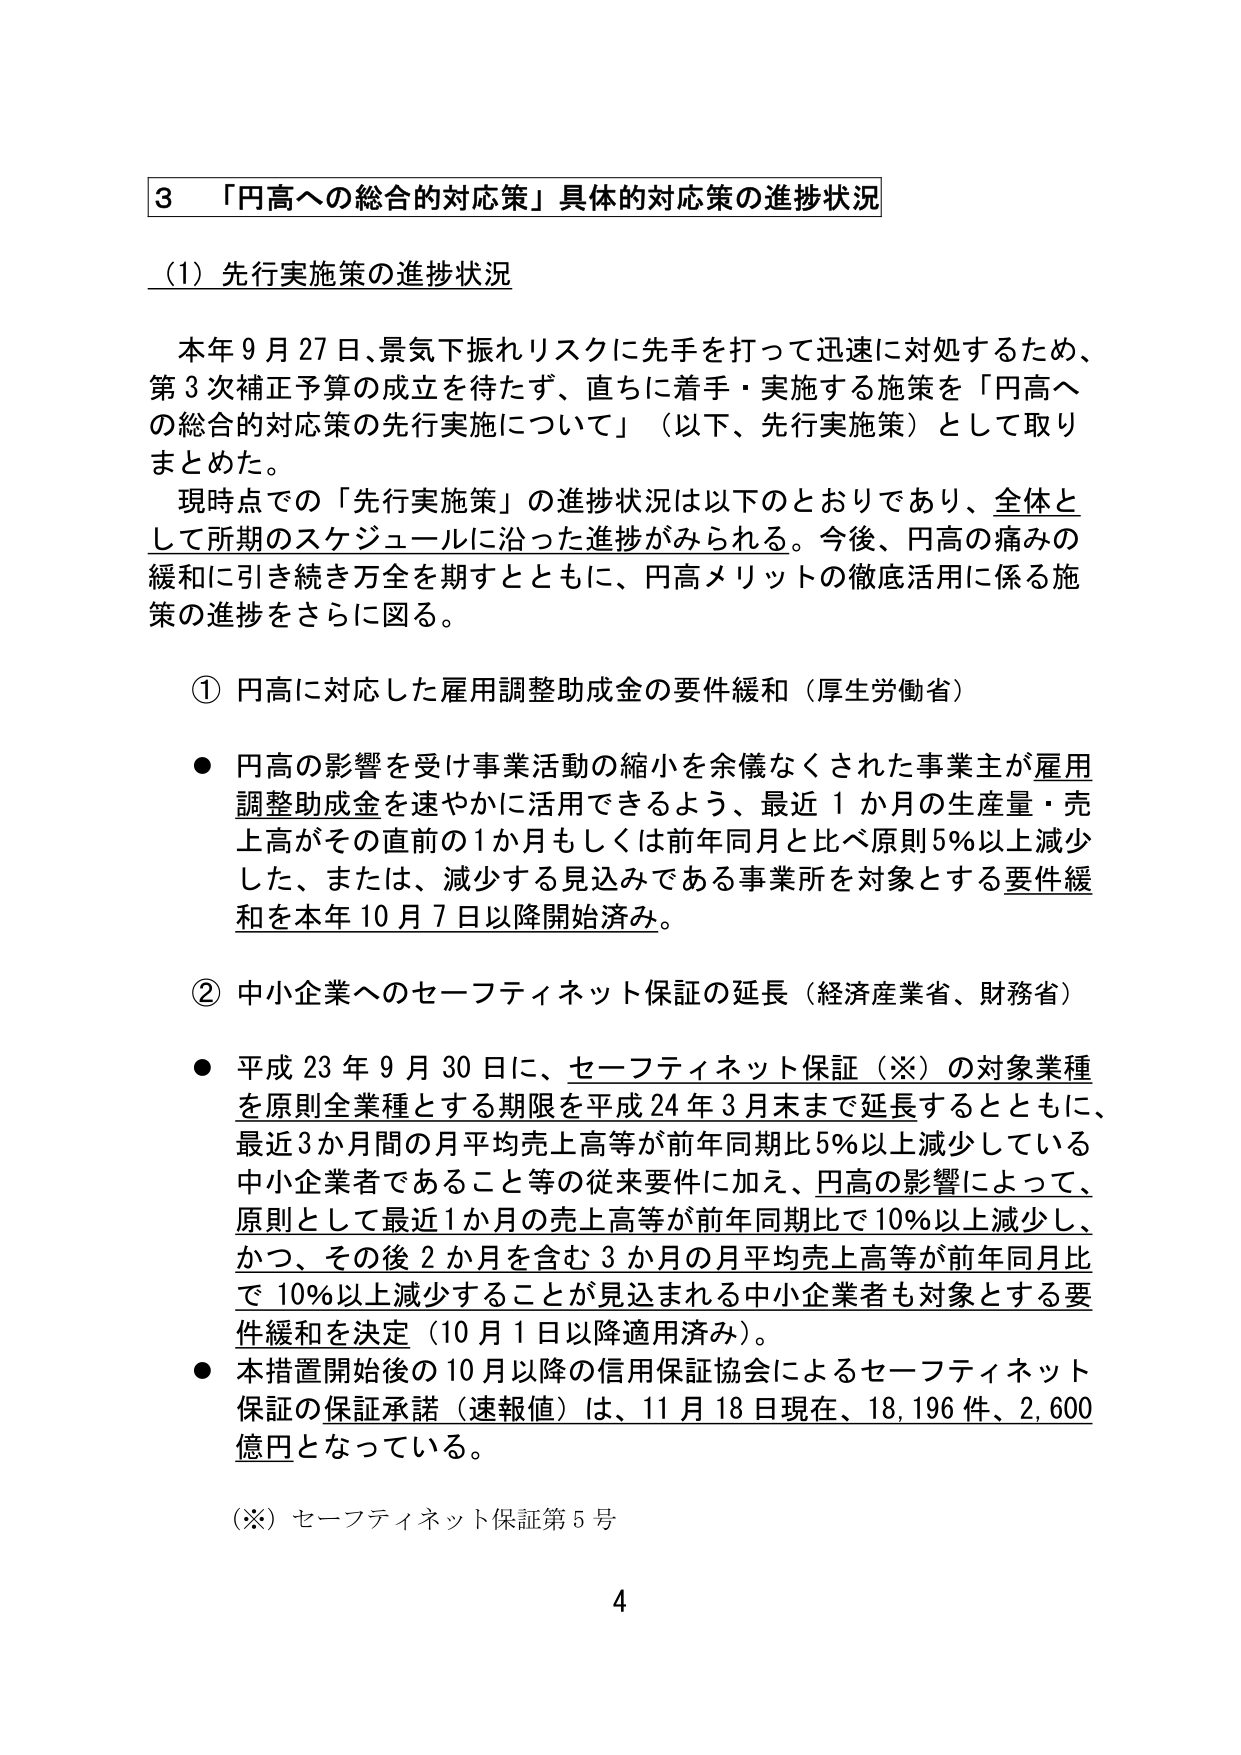
3 「円高への総合的対応策」具体的対応策の進捗状況

（1）先行実施策の進捗状況

本年9月27日、景気下振れリスクに先手を打って迅速に対処するため、第3次補正予算の成立を待たず、直ちに着手・実施する施策を「円高への総合的対応策の先行実施について」（以下、先行実施策）として取りまとめた。

現時点での「先行実施策」の進捗状況は以下のとおりであり、全体として所期のスケジュールに沿った進捗がみられる。今後、円高の痛みの緩和に引き続き万全を期すとともに、円高メリットの徹底活用に係る施策の進捗をさらに図る。

① 円高に対応した雇用調整助成金の要件緩和（厚生労働省）

● 円高の影響を受け事業活動の縮小を余儀なくされた事業主が雇用調整助成金を速やかに活用できるよう、最近1か月の生産量・売上高がその直前の1か月もしくは前年同月と比べ原則5％以上減少した、または、減少する見込みである事業所を対象とする要件緩和を本年10月7日以降開始済み。

② 中小企業へのセーフティネット保証の延長（経済産業省、財務省）

● 平成23年9月30日に、セーフティネット保証（※）の対象業種を原則全業種とする期限を平成24年3月末まで延長するとともに、最近3か月間の月平均売上高等が前年同期比5％以上減少している中小企業者であること等の従来要件に加え、円高の影響によって、原則として最近1か月の売上高等が前年同期比で10％以上減少し、かつ、その後2か月を含む3か月の月平均売上高等が前年同月比で10％以上減少することが見込まれる中小企業者も対象とする要件緩和を決定（10月1日以降適用済み）。

● 本措置開始後の10月以降の信用保証協会によるセーフティネット保証の保証承諾（速報値）は、11月18日現在、18,196件、2,600億円となっている。

（※）セーフティネット保証第5号

4